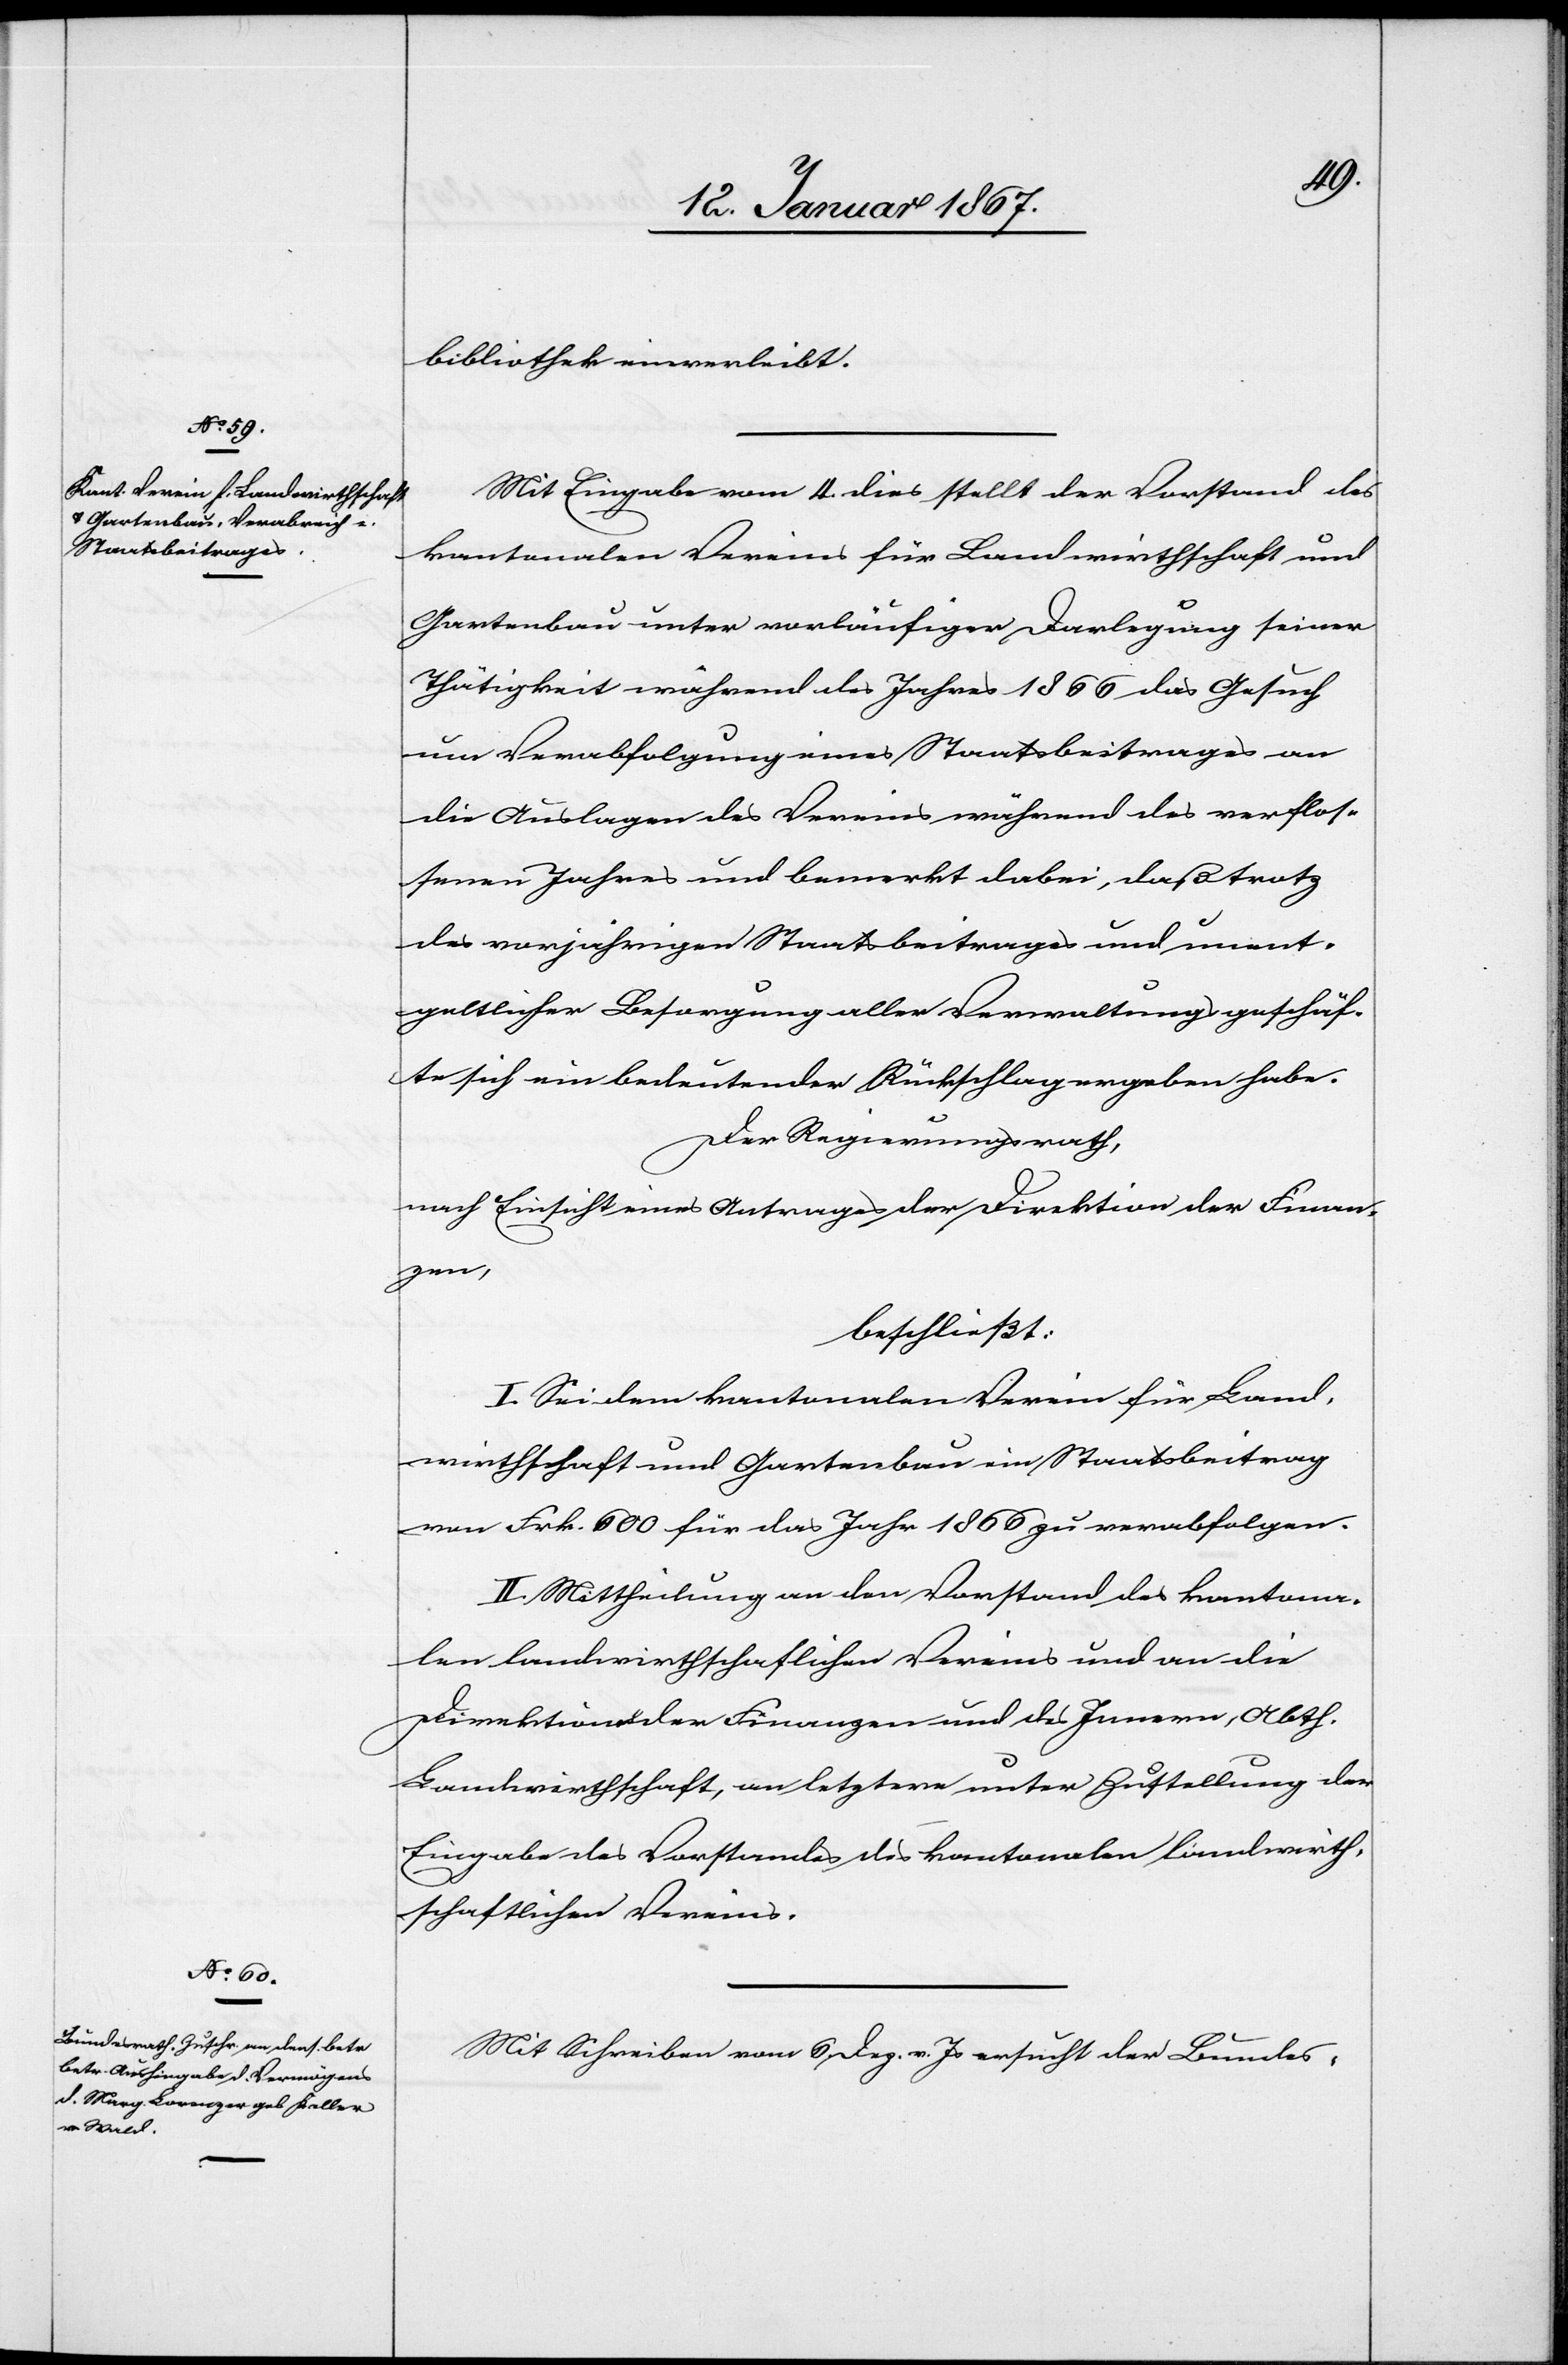
bibliothek einverleibt.
Mit Eingabe vom 4. dies stellt der Vorstand des
kantonalen Vereins für Landwirthschaft und
Gartenbau unter vorläufiger Darlegung seiner
Thätigkeit während des Jahres 1866 das Gesuch
um Verabfolgung eines Staatsbeitrages an
die Auslagen des Vereins während des verflos¬
senen Jahres und bemerkt dabei, daß trotz
des vorjährigen Staatsbeitrages und unent¬
geltlicher Besorgung aller Verwaltungsgeschäf¬
te sich ein bedeutender Rückschlag ergeben habe.
Der Regierungsrath,
nach Einsicht eines Antrages der Direktion der Finan¬
zen,
beschließt:
I. Sei dem kantonalen Verein für Land¬
wirthschaft und Gartenbau ein Staatsbeitrag
von Frk. 600 für das Jahr 1866 zu verabfolgen.
II. Mittheilung an den Vorstand des kantona¬
len landwirthschaftlichen Vereins und an die
Direktionen der Finanzen und des Innern, Abth.
Landwirthschaft, an letztere unter Zustellung der
Eingabe des Vorstandes des kantonalen landwirth¬
schaftlichen Vereins.
Mit Schreiben vom 6. Dez v. Js. ersucht der Bundes-